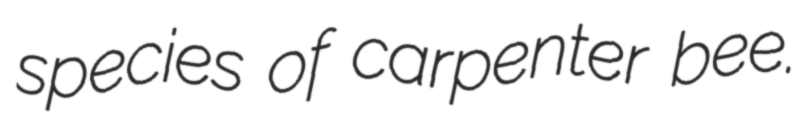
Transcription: species of carpenter bee.